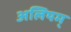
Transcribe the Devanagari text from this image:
अलियम्